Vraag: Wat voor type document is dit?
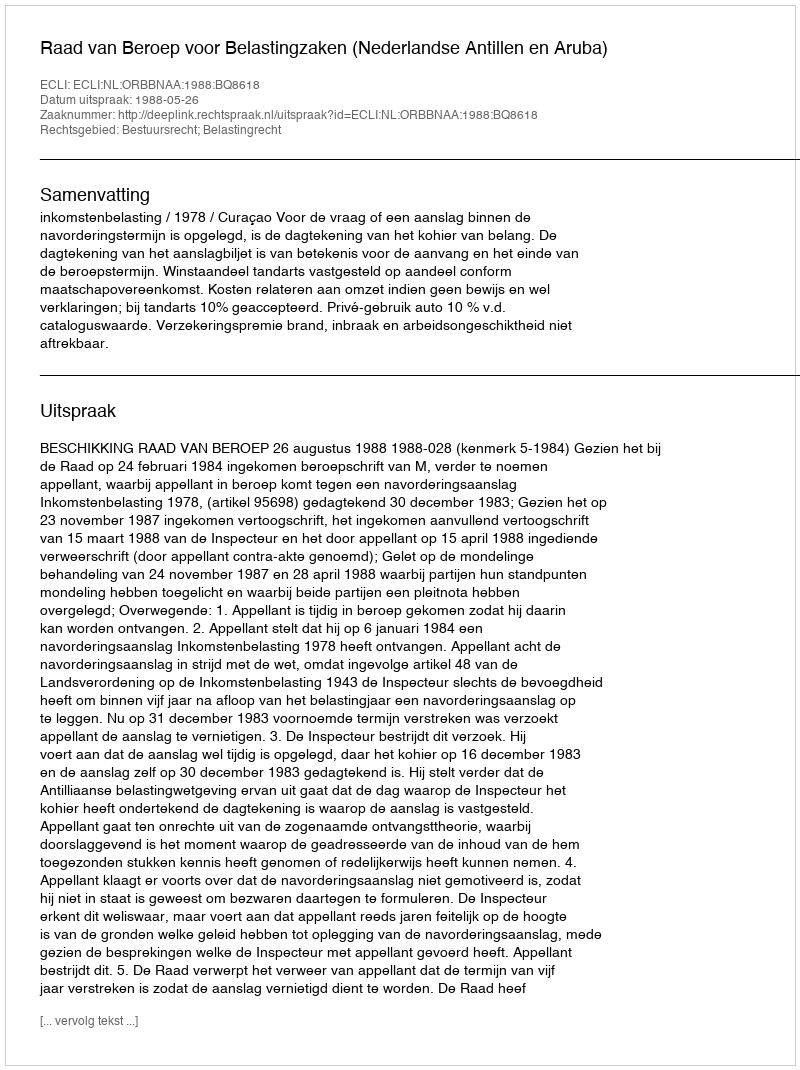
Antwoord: Uitspraak